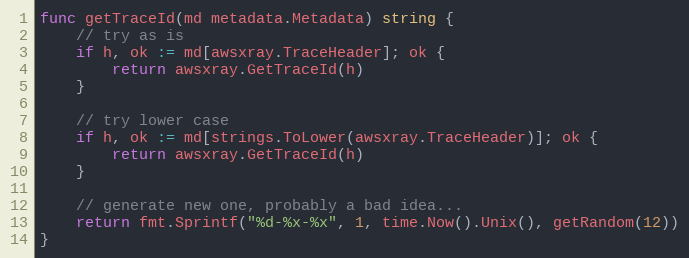
Language: Go
func getTraceId(md metadata.Metadata) string {
	// try as is
	if h, ok := md[awsxray.TraceHeader]; ok {
		return awsxray.GetTraceId(h)
	}

	// try lower case
	if h, ok := md[strings.ToLower(awsxray.TraceHeader)]; ok {
		return awsxray.GetTraceId(h)
	}

	// generate new one, probably a bad idea...
	return fmt.Sprintf("%d-%x-%x", 1, time.Now().Unix(), getRandom(12))
}